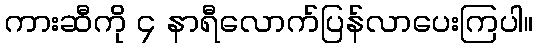
ကားဆီကို ၄ နာရီလောက်ပြန်လာပေးကြပါ။